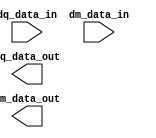
// (C) 2001-2019 Intel Corporation. All rights reserved.
// Your use of Intel Corporation's design tools, logic functions and other 
// software and tools, and its AMPP partner logic functions, and any output 
// files from any of the foregoing (including device programming or simulation 
// files), and any associated documentation or information are expressly subject 
// to the terms and conditions of the Intel Program License Subscription 
// Agreement, Intel FPGA IP License Agreement, or other applicable 
// license agreement, including, without limitation, that your use is for the 
// sole purpose of programming logic devices manufactured by Intel and sold by 
// Intel or its authorized distributors.  Please refer to the applicable 
// agreement for further details.


`timescale 1 ps / 1 ps

module rw_manager_data_broadcast(
	dq_data_in,
	dm_data_in,
	dq_data_out,
	dm_data_out
);

	parameter NUMBER_OF_DQS_GROUPS 	= "";
	parameter NUMBER_OF_DQ_PER_DQS 	= "";
	parameter AFI_RATIO 		= "";
	parameter MEM_DM_WIDTH		= "";

	localparam NUMBER_OF_DQ_BITS = NUMBER_OF_DQS_GROUPS * NUMBER_OF_DQ_PER_DQS;
	localparam NUMBER_OF_WORDS = 2 * AFI_RATIO;

	input [NUMBER_OF_DQ_PER_DQS * NUMBER_OF_WORDS - 1 : 0] dq_data_in;
	input [NUMBER_OF_WORDS - 1 : 0] dm_data_in;
	output [NUMBER_OF_DQ_BITS * NUMBER_OF_WORDS - 1 : 0] dq_data_out;
	output [MEM_DM_WIDTH * 2 * AFI_RATIO - 1 : 0] dm_data_out;

	genvar gr, wr, dmbit;
	generate
		for(wr = 0; wr < NUMBER_OF_WORDS; wr = wr + 1)
		begin : word
			for(gr = 0; gr < NUMBER_OF_DQS_GROUPS; gr = gr + 1)
			begin : group
				assign dq_data_out[wr * NUMBER_OF_DQ_BITS + (gr + 1) * NUMBER_OF_DQ_PER_DQS - 1 : wr * NUMBER_OF_DQ_BITS + gr * NUMBER_OF_DQ_PER_DQS] = 
					dq_data_in[(wr + 1) * NUMBER_OF_DQ_PER_DQS - 1 : wr * NUMBER_OF_DQ_PER_DQS];
			end

			for(dmbit = 0; dmbit < MEM_DM_WIDTH; dmbit = dmbit + 1)
			begin : data_mask_bit
				assign dm_data_out[wr * MEM_DM_WIDTH + dmbit] = dm_data_in[wr];
			end
		end
	endgenerate
	
`ifdef ADD_UNIPHY_SIM_SVA
	assert property (@dm_data_in NUMBER_OF_DQS_GROUPS == MEM_DM_WIDTH) else
	    $error("%t, [DATA BROADCAST ASSERT] NUMBER_OF_DQS_GROUPS and MEM_DM_WIDTH mismatch, NUMBER_OF_DQS_GROUPS = %d, MEM_DM_WIDTH = %d", $time, NUMBER_OF_DQS_GROUPS, MEM_DM_WIDTH);
`endif

endmodule